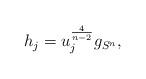
LaTeX: \begin{align*}h_j = u_j^{\frac{4}{n-2}} g_{S^n},\end{align*}